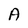
Character: A